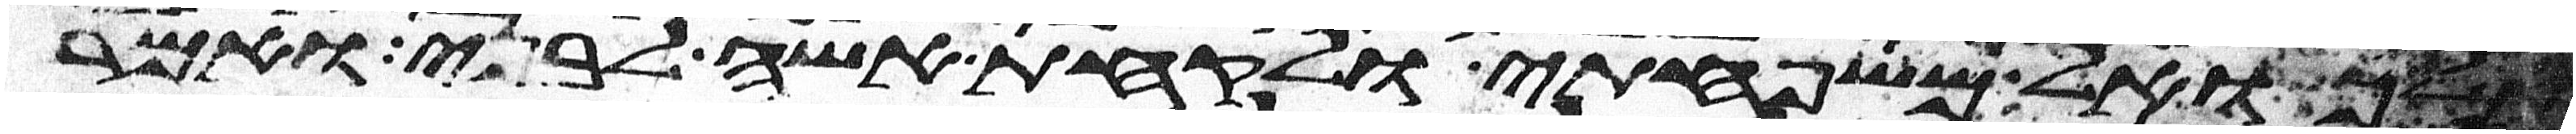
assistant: ואל משפחתי ולקחת אשה לבני ואמר